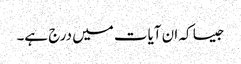
جیسا کہ ان آیات میں درج ہے۔